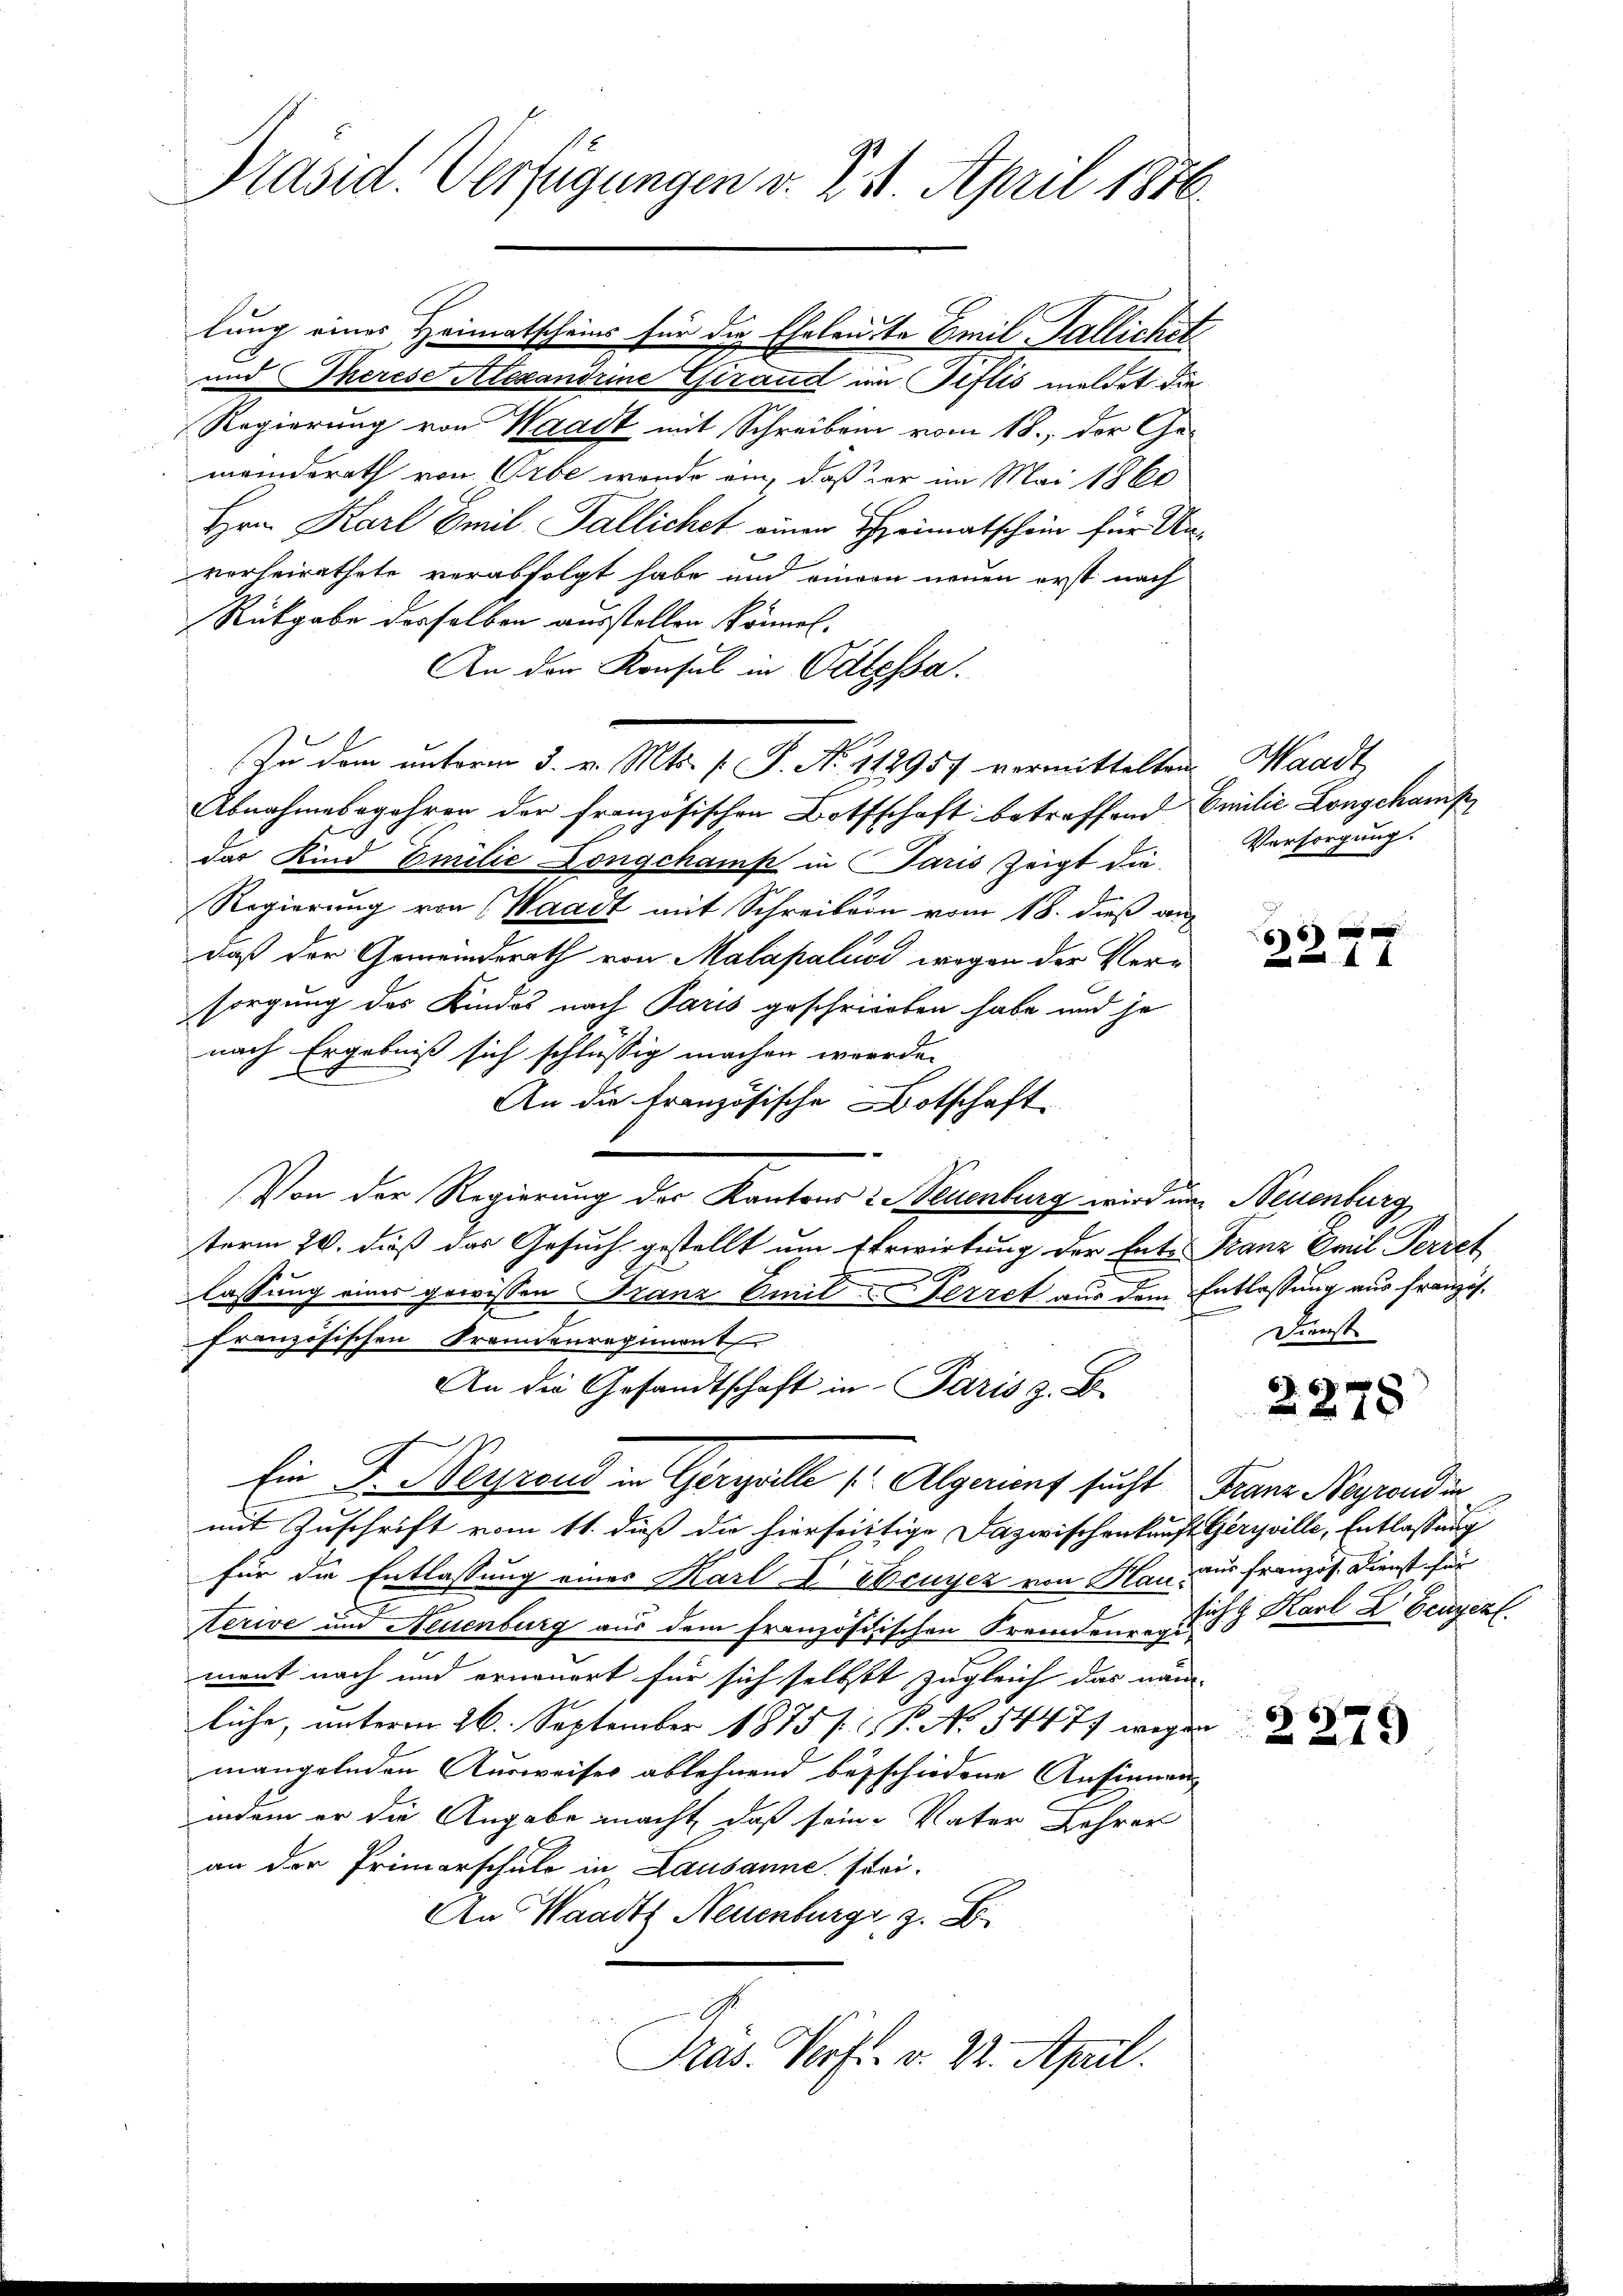
Präsid. Verfügungen v. Z. 11. April 1876.

lung eines Heimatscheins für die Eheleute Emil Fallichet
und Therese Alexandrine Chiraud im Jeflis meldet die
Regierung von Waadt mit Schreiben vom 18. der Ge-
meinderath von Erbe werde ein, daß der im Mai 1860
Hrn. Karl Emil Fallichet einen Heimatschein für Unverheirathete verabfolgt habe und einvon neuen erst nach
Rükgabe desselben ausstellen können.
An der Konsul in Patzssa.
Abnahmebegehren der französischen Bottschaft betreffend Emilie Longchampdas Kind Emilie Longchamp in Paris zeigt die
Regierung von (Waadt mit Schreiben vom 18. dieß an
daß der Gemeinderath von Malapaluss wegen der Versorgung des Kindes nach Paris geschrieben habe und je
nach Ergebniß sich schlüssig machen werde.
An die französische Botschaft
Von der Regierung der Kantons - Neuenburg wird ein Neuenburg,
term 20. dieß das Gesuch gestellt um Erwirkung der Ente
lassung eines gewissen Franz Emil Ferret aus dem Entlassung aus Französfranzösischen Fremdenregiment
An die Gesandtschaft in Paris z. B.
Ein Fr. Weyrand in Gerzalle 7 Algerunf sucht Franz Narrondin
mit Zuschrift vom 11. dieß die hierseitige Dazwischenkunft Geryville, Entlassung
für die Entlassung eines Karl-E. Bouyez von Hau, aus französ. Dienst für
terive und Neuenburg aus dem französischen Fremdenze Joh. Karl X Ecnyezl
ment nach und erneuert für sich selbstt zugleich das näm-
liche, unterm 26. September 1875 P. No 54477 wegen
mangelnden Ausweiser ablehnend beschiedene Ansinnen
indem er die Angabe macht, daß seine Vater Lehrer
an den Primarschule in Lausanne stei-
An Waadt Neuenburg, z. Dr.
Präs. Verft. v. 22. April.

Zu dem unterm 3. v. Mts. (T. No 112957 vormittelten

Waadt
Versorgung.

66

Franz Emil Terzeh
Dienst

i

6
278

2279